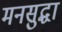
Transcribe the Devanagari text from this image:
मनसुद्धा